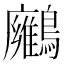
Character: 𪇛